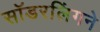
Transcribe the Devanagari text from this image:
सॉडरलिंगने